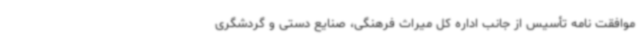
موافقت نامه تأسیس از جانب اداره کل میراث فرهنگی، صنایع دستی و گردشگری